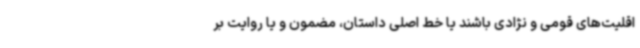
اقلیت‌های قومی و نژادی باشند یا خط اصلی داستان، مضمون و یا روایت بر